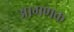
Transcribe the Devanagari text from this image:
आगणक